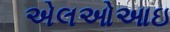
એલઓઆઇ